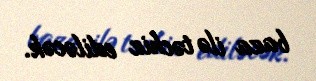
baza ilə təchiz ediləcək.